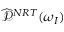
\widehat { \mathcal { P } } ^ { N R T } ( \omega _ { I } )